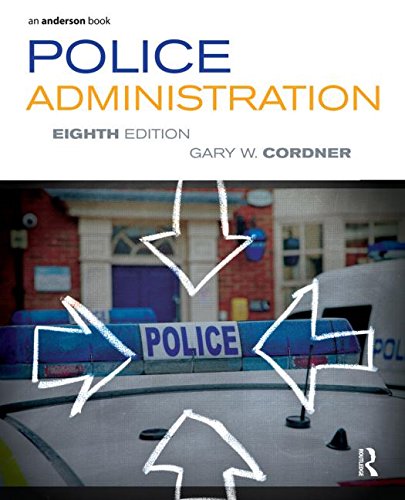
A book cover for Police Administration; Gary W. Cordner; Law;